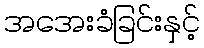
အအေးခံခြင်းနှင့်